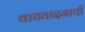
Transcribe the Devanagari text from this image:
वाद्यवादनाची